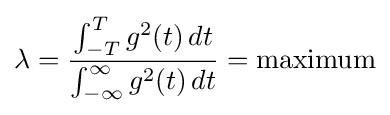
\lambda ={\frac {\int _{-T}^{T}g^{2}(t)\,dt}{\int _{-\infty }^{\infty }g^{2}(t)\,dt}}={\text{maximum}}